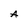
Character: A